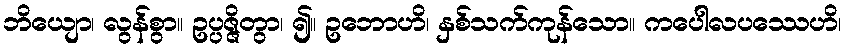
ဘိယျော၊ လွန်စွာ။ ဥပ္ပဇ္ဇိတွာ၊ ၍။ ဥဘောဟိ၊ နှစ်သက်ကုန်သော။ ကပေါလပဿေဟိ၊